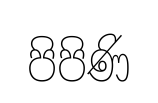
පිපිණි